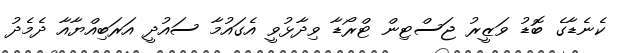
ކެނެޑާގެ ބޮޑު ވަޒީރު ޖަސްޓިން ޓްރޯޑާ ވިދާޅުވީ އެގައުމާ ސައުދީ އަރަބިއްޔާއާ ދެމެދު